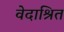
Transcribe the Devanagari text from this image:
वेदाश्रित